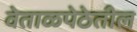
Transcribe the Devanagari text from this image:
वेताळपेठेतील